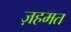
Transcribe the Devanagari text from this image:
ज़हमत